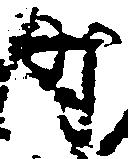
時